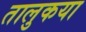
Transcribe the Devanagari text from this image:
तालुकया